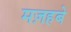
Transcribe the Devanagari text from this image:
मज़हबे